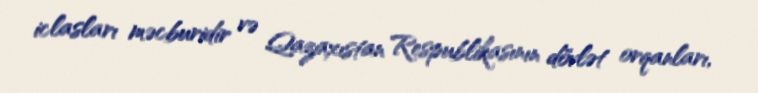
iclasları məcburidir və Qazaxıstan Respublikasının dövlət orqanları,